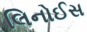
લિનોઈસ